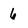
Character: 6